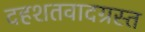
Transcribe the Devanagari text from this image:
दहशतवादग्रस्त